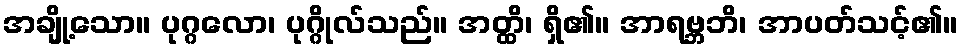
အချို့သော။ ပုဂ္ဂလော၊ ပုဂ္ဂိုလ်သည်။ အတ္ထိ၊ ရှိ၏။ အာရဗ္ဘဘိ၊ အာပတ်သင့်၏။